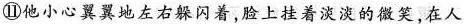
⑪他小心翼翼地左右躲闪着脸上挂着淡淡的微笑，在人